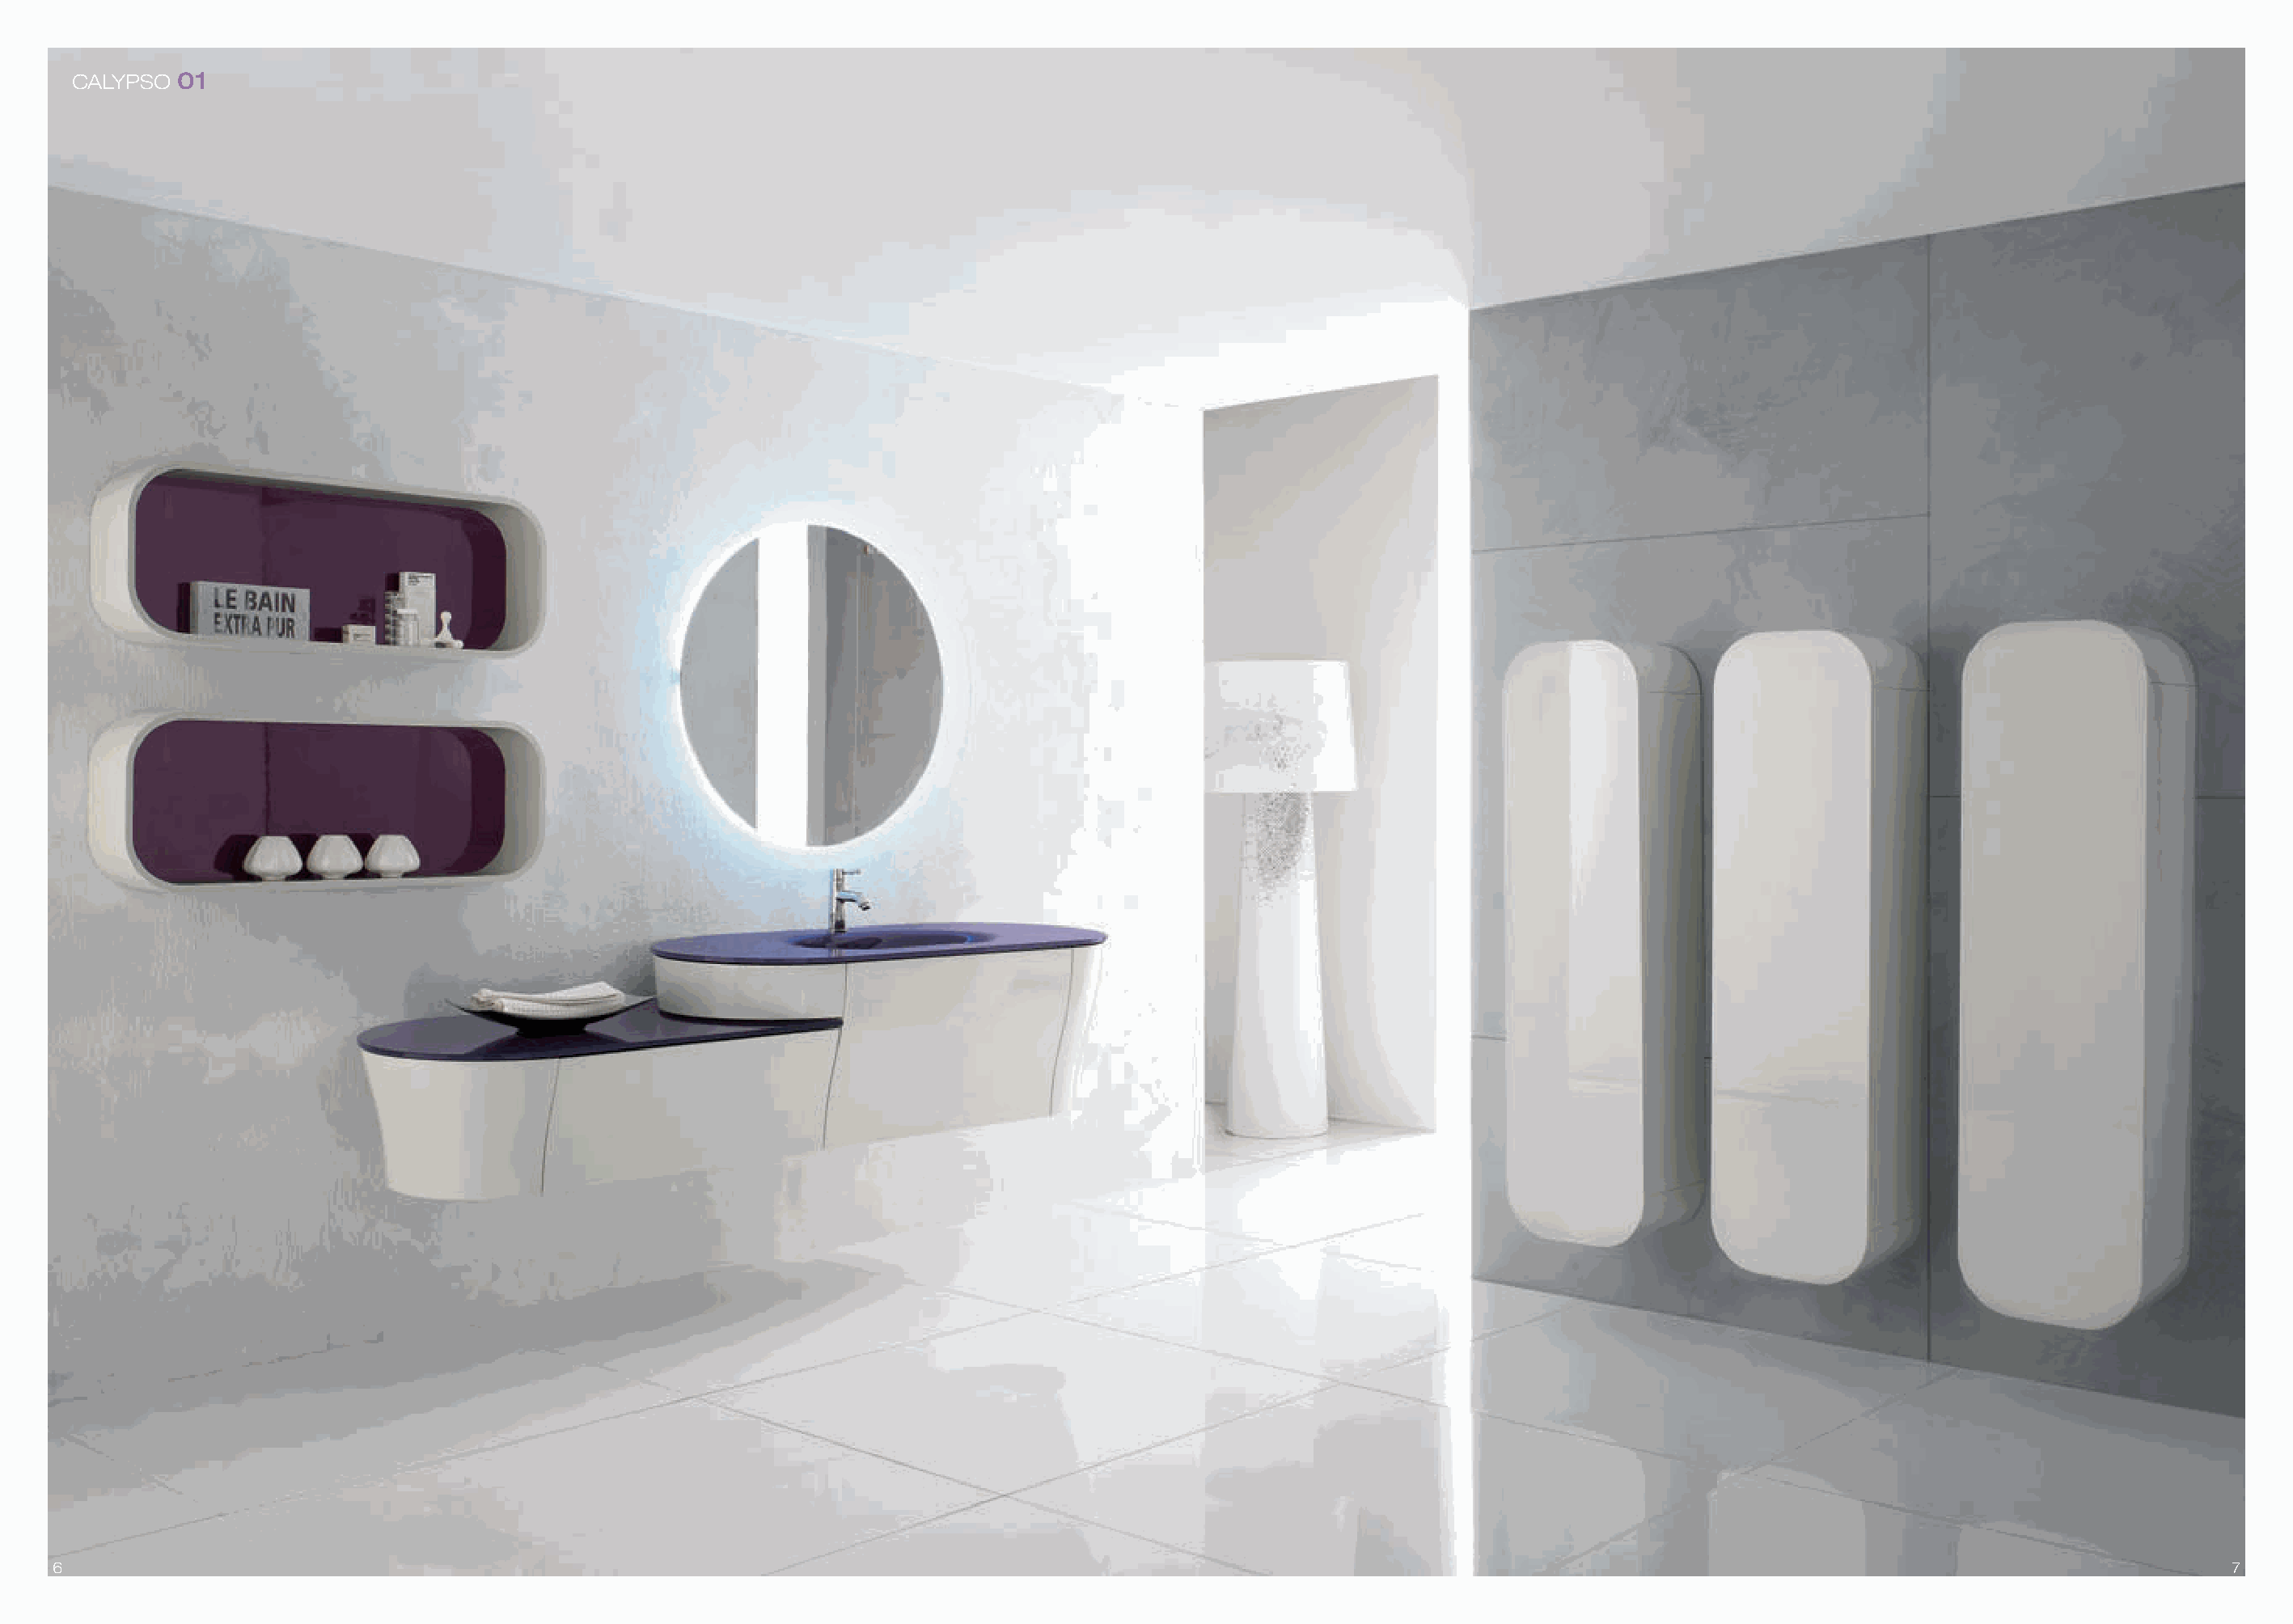
CALYPSO 01
 6                                                                                                                                                                                  7